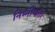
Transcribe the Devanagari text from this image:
निम्नीयता